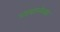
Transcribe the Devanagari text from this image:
धारबारनेश्‍वार